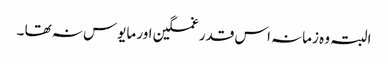
البتہ وہ زمانہ اس قدر غمگین اور مایوس نہ تھا ۔